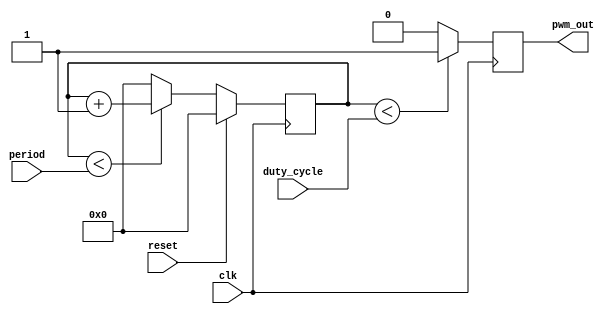
module PWM (
    input wire clk,
    input wire reset,
    input wire [15:0] duty_cycle, // duty cycle = period * duty_cycle / 65536
    input wire [15:0] period, // clk_freq / pwm_freq = period
    output reg pwm_out
);

reg [31:0] counter;

always @(posedge clk) begin
    if (reset) begin
        counter <= 0;

    end else begin
        if(counter < period) begin
            counter <= counter + 1'b1;
        end else begin
            counter <= 0;
        end
    end

    if (counter < duty_cycle) begin
        pwm_out <= 1;
    end else begin
        pwm_out <= 0;
    end
end
    
endmodule